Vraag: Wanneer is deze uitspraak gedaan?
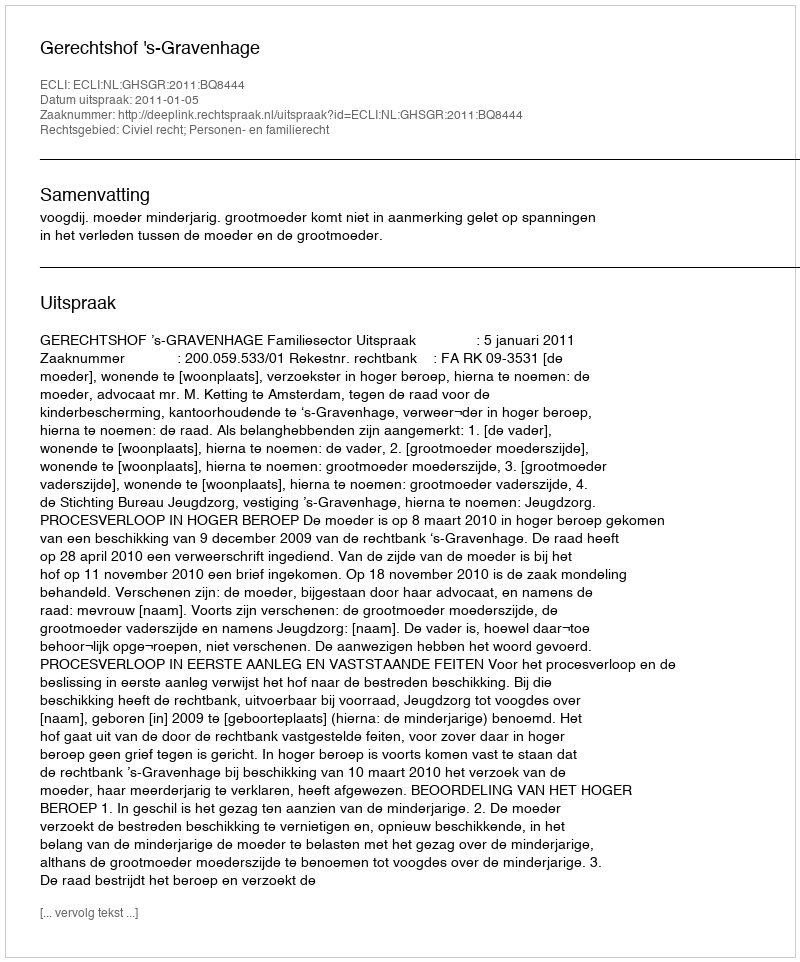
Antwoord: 2011-01-05